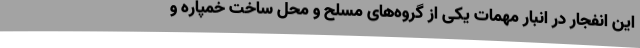
این انفجار در انبار مهمات یکی از گروه‌های مسلح و محل ساخت خمپاره و